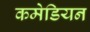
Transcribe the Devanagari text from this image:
कमेडियन